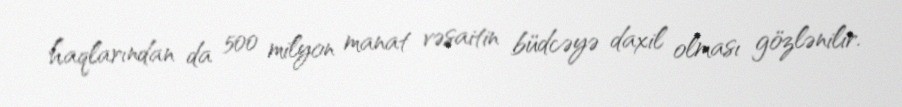
haqlarından da 500 milyon manat vəsaitin büdcəyə daxil olması gözlənilir.